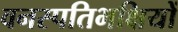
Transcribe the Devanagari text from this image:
वनस्पतिभक्षियों